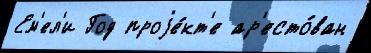
Ем'ел'и Год проjе́кт'е ар'есто́ван